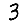
Digit: 3